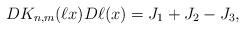
LaTeX: \begin{align*} DK_{n,m}(\ell x) D\ell(x) = J_1+J_2-J_3,\end{align*}